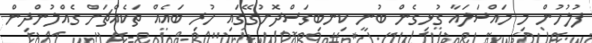
ފުލުހުން މި މައްސަލައާ ގުޅިގެން ބުނީ ކިނބިގަސްދޮށުގޭގައި ހުރި ބައެއް ތަކެއްޗަށް ގެއްލުންދިން